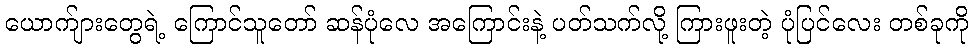
ယောက်ျားတွေရဲ့ ကြောင်သူတော် ဆန်ပုံလေ အကြောင်းနဲ့ ပတ်သက်လို့ ကြားဖူးတဲ့ ပုံပြင်လေး တစ်ခုကို